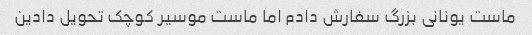
ماست یونانی بزرگ سفارش دادم اما ماست موسیر کوچک تحویل دادین